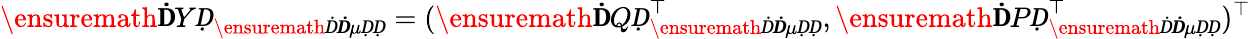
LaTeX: \ensuremath{\mathbf ḊYḌ}_{\ensuremath Ḋ\boldsymbol Ḋ\mu ḌḌ}=(\ensuremath{\mathbf ḊQḌ}_{\ensuremath Ḋ\boldsymbol Ḋ\mu ḌḌ}^{\top},\ensuremath{\mathbf ḊPḌ}_{\ensuremath Ḋ\boldsymbol Ḋ\mu ḌḌ}^{\top})^{\top}